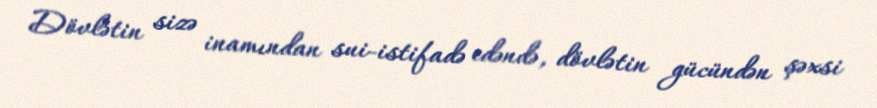
Dövlətin sizə inamından sui-istifadə edəndə, dövlətin gücündən şəxsi